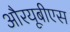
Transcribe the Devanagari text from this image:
औरयूबीएस